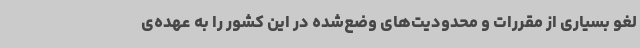
لغو بسیاری از مقررات و محدودیت‌های وضع‌شده در این کشور را به عهده‌ی